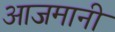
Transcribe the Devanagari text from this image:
आजमानी